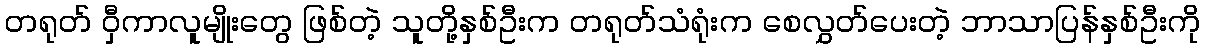
တရုတ် ဝှီကာလူမျိုးတွေ ဖြစ်တဲ့ သူတို့နှစ်ဦးက တရုတ်သံရုံးက စေလွှတ်ပေးတဲ့ ဘာသာပြန်နှစ်ဦးကို